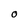
Character: O